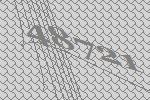
48721